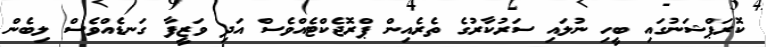
ކޮރަޕްޝަނުގައި ބީހި ނުލައި ސަރުކާރުގެ ތެރެއިން ޕްރޮޖެކްޓެއްވެސް އަދި ވަޒީފާ ގަނޑެއްވެސް ލިބެން